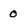
Character: 0